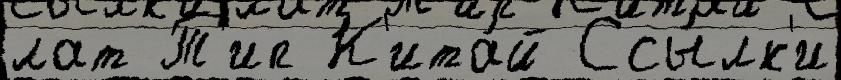
лат Т'ип К'ита́й Ссы́лк'и